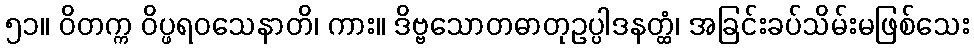
၅၁။ ဝိတက္က ဝိပ္ဖရဝသေနာတိ၊ ကား။ ဒိဗ္ဗသောတဓာတုဥပ္ပါဒနတ္ထံ၊ အခြင်းခပ်သိမ်းမဖြစ်သေး